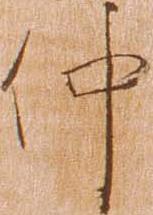
仲